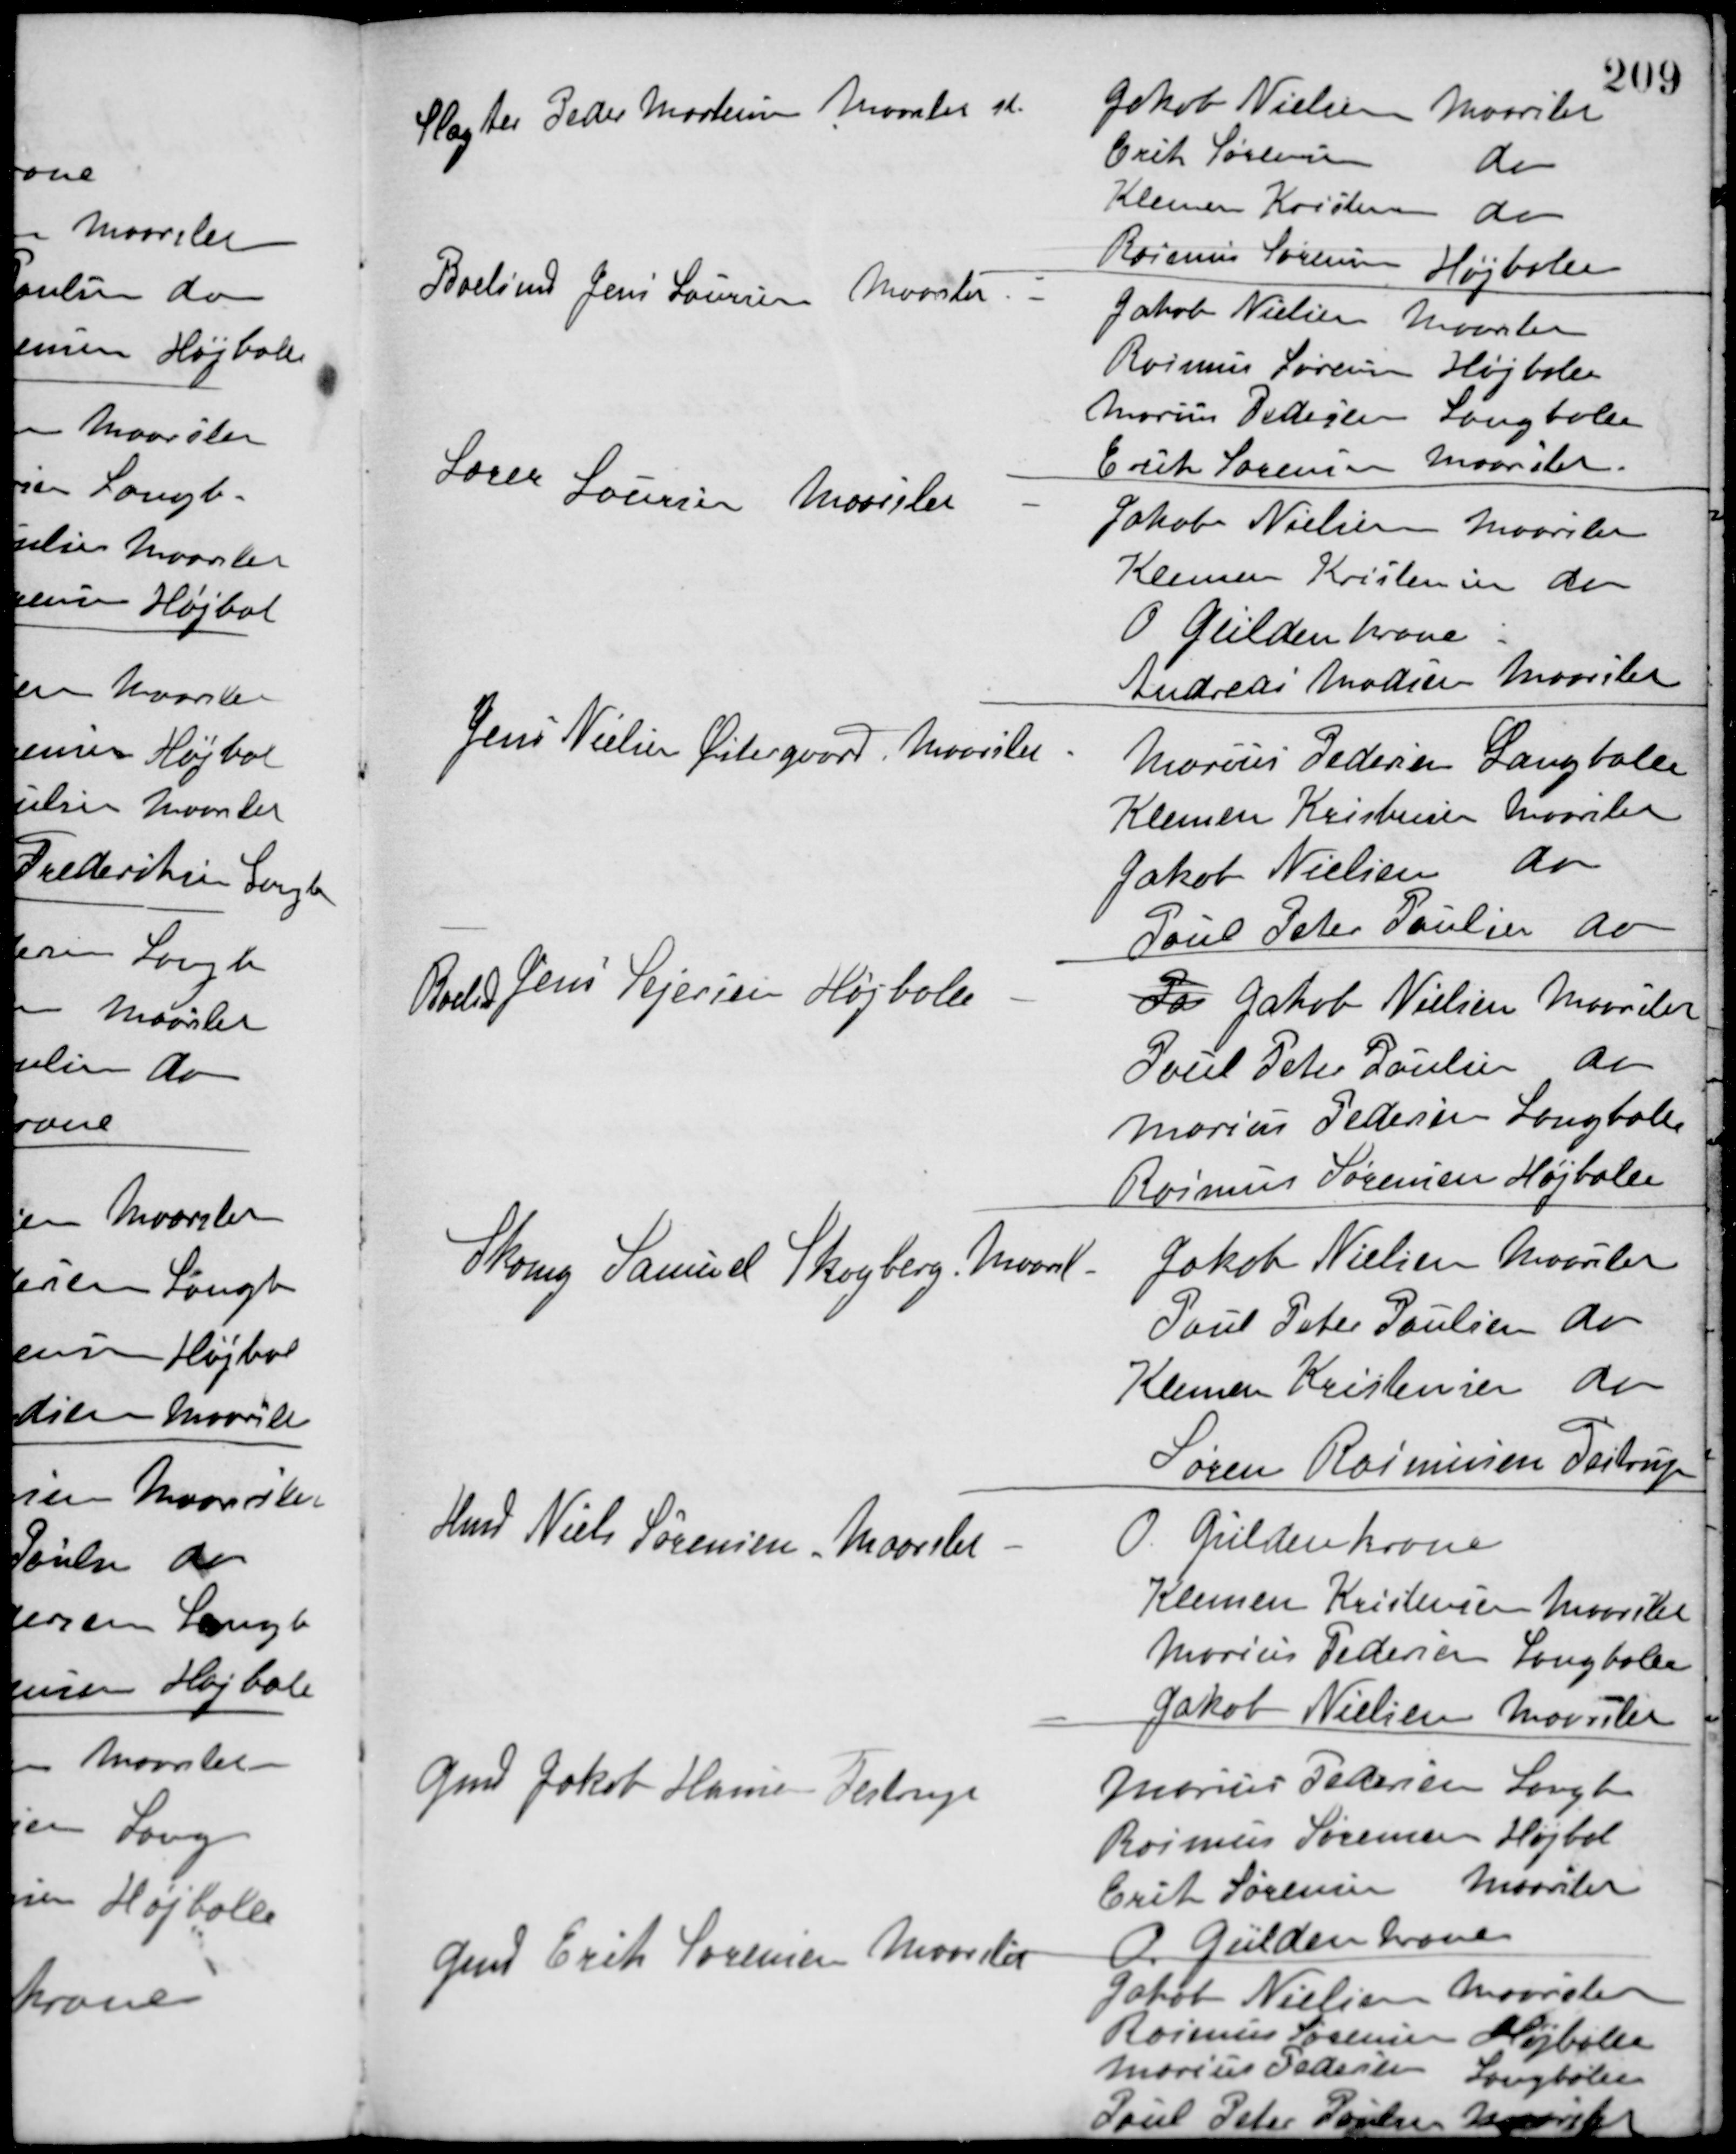
Transskription:
Slagter Peder Mortensen Maarslet st.
Jakob Nielsen Maarslet
Erik Sørensen
do
Klemen Kristensen
do
Rasmus Sørensen Højballe
Boelsmd Jens Laursen Maarslet -
Jakob Nielsen Maarslet
Rasmus Sørensen Højballe
Marius Pedersen Langballe
Erik Sørensen Maarslet
Lærer Laursen Maarslet -
Jakob Nielsen Maarslet
Klemen Kristensen do
O Güldenkrone
Andreas Madsen Maarslet
Jens Nielsen Østergaard Maarslet -
Marius Pedersen Langballe
Klemen Kristensen Maarslet
Jakob Nielsen do
Poul Peter Poulsen do
Boelsmd Jens Sejersen Højballe -
Pa Jakob Nielsen Maarslet
Poul Peter Poulsen do
Marius Pedersen Langballe
Rasmus Sørensen Højballe
Skomg Samuel Skogberg, Maarsl -
Jakob Nielsen Maarslet
Poul Peter Poulsen do
Klemen Kristensen do
Søren Rasmussen Testrup
Hmd Niels Sørensen, Maarslet -
O. Güldenkrone
Klemen Kristensen Maarslet
Marius Pedersen Langballe
Jakob Nielsen Maarslet
Gmd Jakob Hansen Testrup
Marius Pedersen Langb
Rasmus Sørensen Højbal
Erik Sørensen Maarslet
O. Güldenkrone
Gmd Erik Sørensen Maarslet
Jakob Nielsen Maarslet
Rasmus Sørensen Højballe
Marius Pedersen
Langballe
Poul Peter Poulsen Maarslet